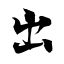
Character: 出